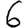
Digit: 6